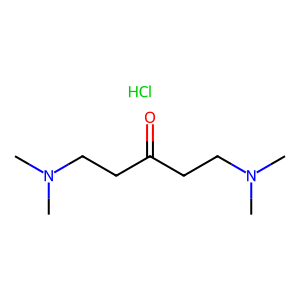
SMILES: CN(C)CCC(=O)CCN(C)C.Cl
Inhibits HIV replication: No